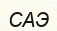
САЭ